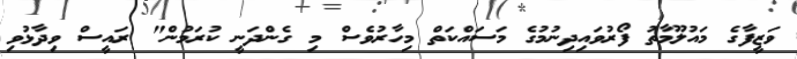
ވަޒީފާގެ މައުލޫމާތު ފޯރުވައިދިނުމުގެ މަސައްކަތް މިހާރުވެސް މި ގެންދަނީ ކުރަމުން" ރައީސް ވިދާޅުވި